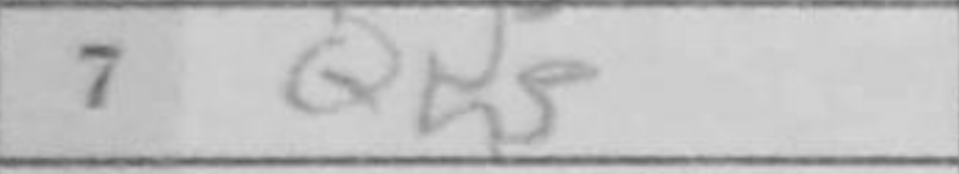
Transcription: Qh5